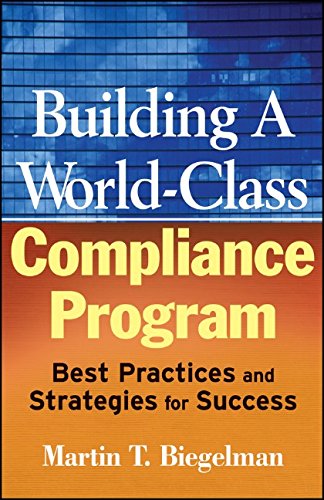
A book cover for Building a World-Class Compliance Program: Best Practices and Strategies for Success; Martin T. Biegelman; Business & Money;